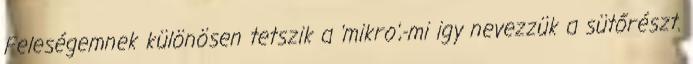
Feleségemnek különösen tetszik a 'mikro',-mi igy nevezzük a sütőrészt.